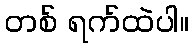
တစ် ရက်ထဲပါ။